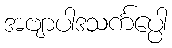
အဗျာပါဒသင်္ကပ္ပေါ